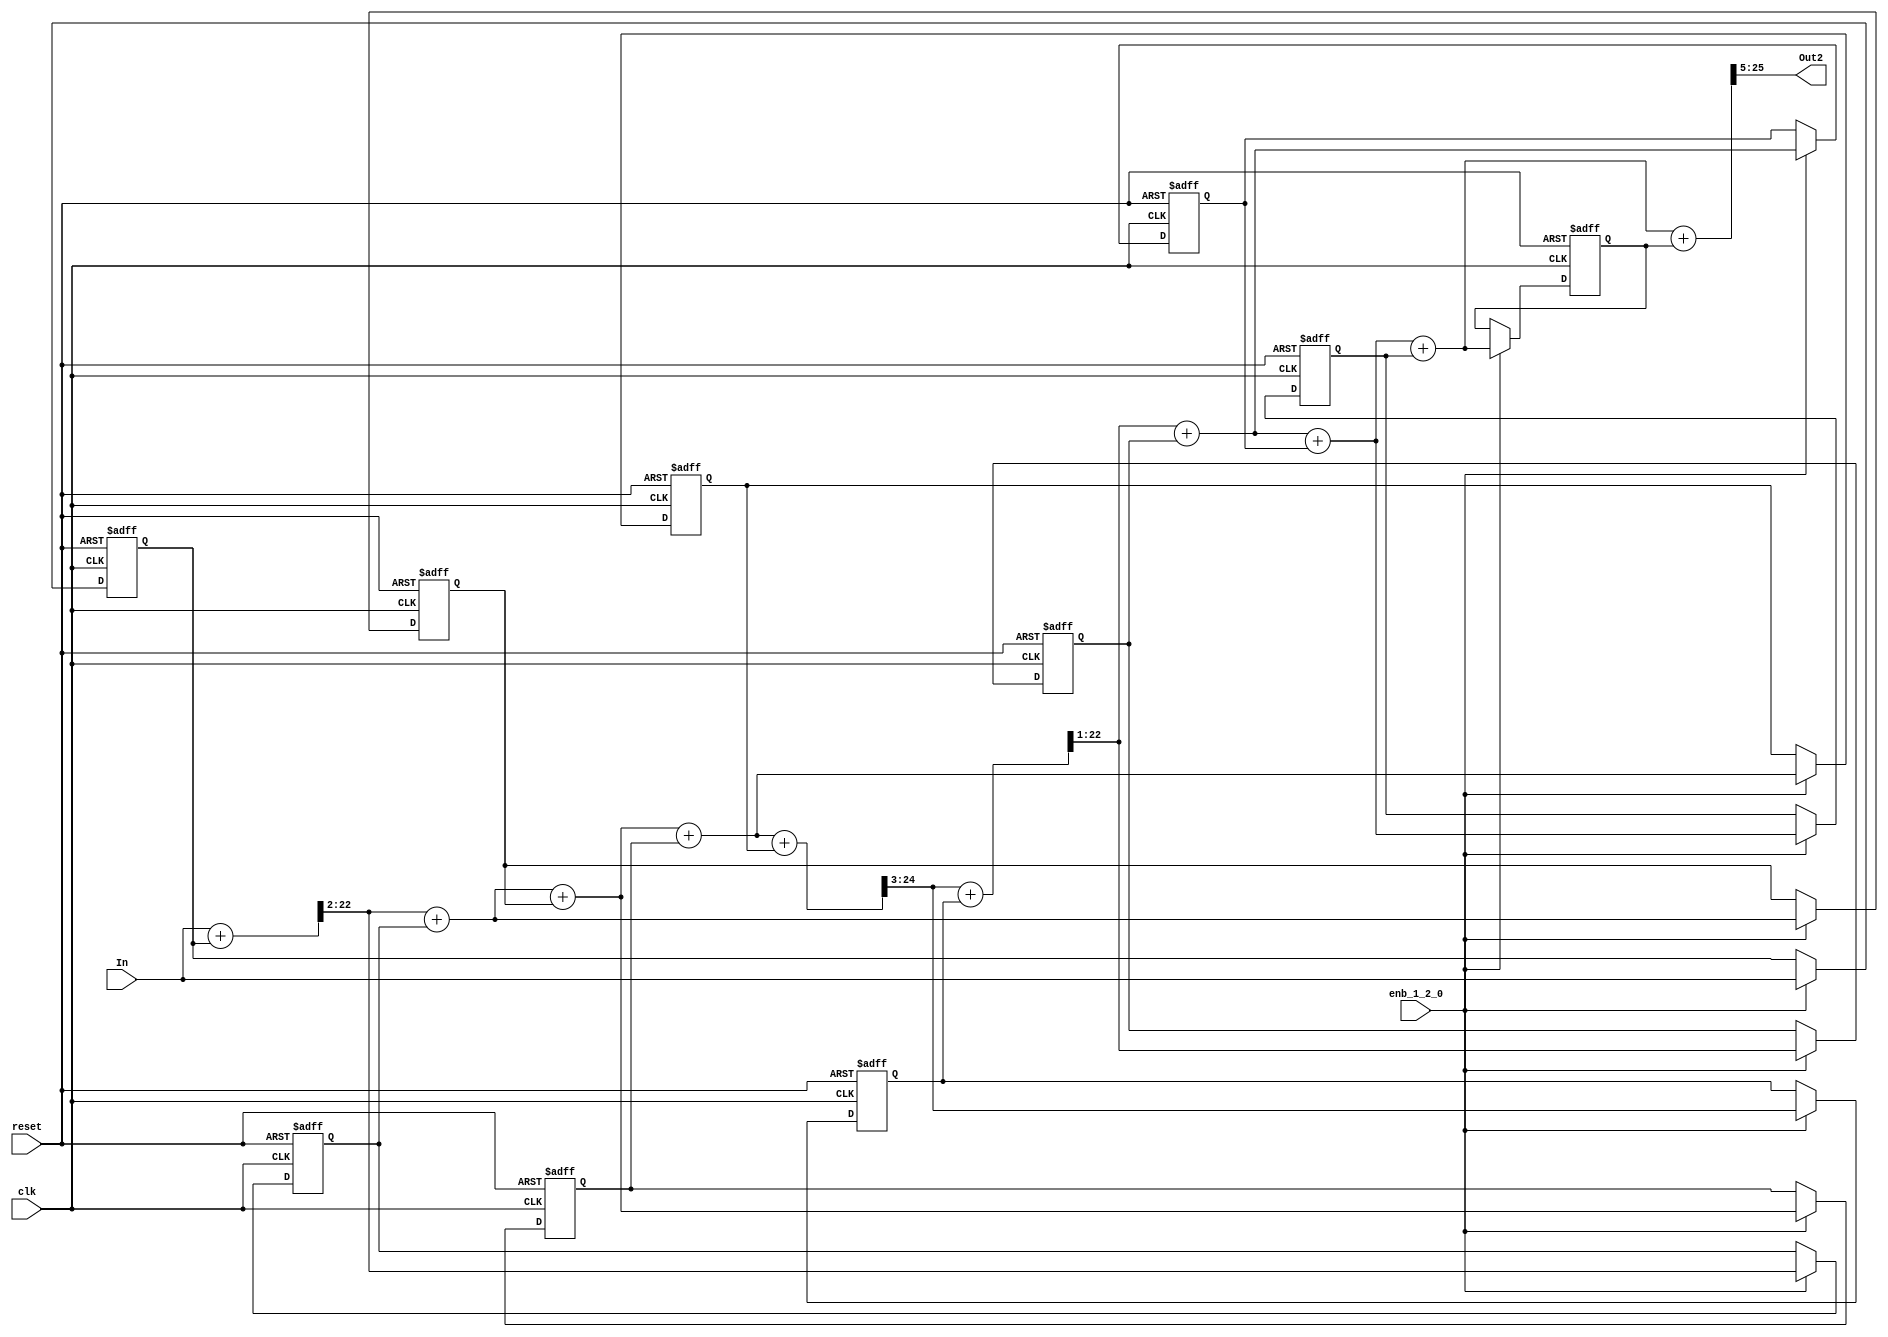
// -------------------------------------------------------------
// 
// 
// Generated by MATLAB 9.3 and HDL Coder 3.11
// 
// -------------------------------------------------------------


// -------------------------------------------------------------
// 
// Module: Second_H2_z
// Source Path: CIC_fixp1/CIC/Second H2(z)
// Hierarchy Level: 1
// 
// -------------------------------------------------------------

`timescale 1 ns / 1 ns

module Second_H2_z
          (clk,
           reset,
           enb_1_2_0,
           In,
           Out2);


  input   clk;
  input   reset;
  input   enb_1_2_0;
  input   signed [21:0] In;  // sfix22_En17
  output  signed [20:0] Out2;  // sfix21_En16

  reg signed [21:0] Delay_out1;  // sfix22_En17
  wire signed [22:0] Add_add_cast;  // sfix23_En17
  wire signed [22:0] Add_add_cast_1;  // sfix23_En17
  wire signed [22:0] Add_add_temp;  // sfix23_En17
  wire signed [20:0] Add_out1;  // sfix21_En15
  reg signed [20:0] Delay1_out1;  // sfix21_En15
  wire signed [21:0] Add1_add_cast;  // sfix22_En15
  wire signed [21:0] Add1_add_cast_1;  // sfix22_En15
  wire signed [21:0] Add1_out1;  // sfix22_En15
  reg signed [21:0] Delay2_out1;  // sfix22_En15
  wire signed [22:0] Add2_add_cast;  // sfix23_En15
  wire signed [22:0] Add2_add_cast_1;  // sfix23_En15
  wire signed [22:0] Add2_out1;  // sfix23_En15
  reg signed [22:0] Delay3_out1;  // sfix23_En15
  wire signed [23:0] Add3_add_cast;  // sfix24_En15
  wire signed [23:0] Add3_add_cast_1;  // sfix24_En15
  wire signed [23:0] Add3_out1;  // sfix24_En15
  reg signed [23:0] Delay4_out1;  // sfix24_En15
  wire signed [24:0] Add4_add_cast;  // sfix25_En15
  wire signed [24:0] Add4_add_cast_1;  // sfix25_En15
  wire signed [24:0] Add4_out1;  // sfix25_En15
  wire signed [49:0] Gain2_cast;  // sfix50_En43
  wire signed [21:0] Gain2_out1;  // sfix22_En17
  reg signed [21:0] Delay5_out1;  // sfix22_En17
  wire signed [22:0] Add5_add_cast;  // sfix23_En17
  wire signed [22:0] Add5_add_cast_1;  // sfix23_En17
  wire signed [22:0] Add5_add_temp;  // sfix23_En17
  wire signed [21:0] Add5_out1;  // sfix22_En16
  reg signed [21:0] Delay6_out1;  // sfix22_En16
  wire signed [22:0] Add6_add_cast;  // sfix23_En16
  wire signed [22:0] Add6_add_cast_1;  // sfix23_En16
  wire signed [22:0] Add6_out1;  // sfix23_En16
  reg signed [22:0] Delay7_out1;  // sfix23_En16
  wire signed [23:0] Add7_add_cast;  // sfix24_En16
  wire signed [23:0] Add7_add_cast_1;  // sfix24_En16
  wire signed [23:0] Add7_out1;  // sfix24_En16
  reg signed [23:0] Delay8_out1;  // sfix24_En16
  wire signed [24:0] Add8_add_cast;  // sfix25_En16
  wire signed [24:0] Add8_add_cast_1;  // sfix25_En16
  wire signed [24:0] Add8_out1;  // sfix25_En16
  reg signed [24:0] Delay9_out1;  // sfix25_En16
  wire signed [25:0] Add9_add_cast;  // sfix26_En16
  wire signed [25:0] Add9_add_cast_1;  // sfix26_En16
  wire signed [25:0] Add9_add_temp;  // sfix26_En16
  wire signed [24:0] Add9_out1;  // sfix25_En15
  wire signed [49:0] Gain1_cast;  // sfix50_En43
  wire signed [20:0] Gain1_out1;  // sfix21_En16


  always @(posedge clk or posedge reset)
    begin : Delay_process
      if (reset == 1'b1) begin
        Delay_out1 <= 22'sb0000000000000000000000;
      end
      else begin
        if (enb_1_2_0) begin
          Delay_out1 <= In;
        end
      end
    end



  assign Add_add_cast = {In[21], In};
  assign Add_add_cast_1 = {Delay_out1[21], Delay_out1};
  assign Add_add_temp = Add_add_cast + Add_add_cast_1;
  assign Add_out1 = Add_add_temp[22:2];



  always @(posedge clk or posedge reset)
    begin : Delay1_process
      if (reset == 1'b1) begin
        Delay1_out1 <= 21'sb000000000000000000000;
      end
      else begin
        if (enb_1_2_0) begin
          Delay1_out1 <= Add_out1;
        end
      end
    end



  assign Add1_add_cast = {Add_out1[20], Add_out1};
  assign Add1_add_cast_1 = {Delay1_out1[20], Delay1_out1};
  assign Add1_out1 = Add1_add_cast + Add1_add_cast_1;



  always @(posedge clk or posedge reset)
    begin : Delay2_process
      if (reset == 1'b1) begin
        Delay2_out1 <= 22'sb0000000000000000000000;
      end
      else begin
        if (enb_1_2_0) begin
          Delay2_out1 <= Add1_out1;
        end
      end
    end



  assign Add2_add_cast = {Add1_out1[21], Add1_out1};
  assign Add2_add_cast_1 = {Delay2_out1[21], Delay2_out1};
  assign Add2_out1 = Add2_add_cast + Add2_add_cast_1;



  always @(posedge clk or posedge reset)
    begin : Delay3_process
      if (reset == 1'b1) begin
        Delay3_out1 <= 23'sb00000000000000000000000;
      end
      else begin
        if (enb_1_2_0) begin
          Delay3_out1 <= Add2_out1;
        end
      end
    end



  assign Add3_add_cast = {Add2_out1[22], Add2_out1};
  assign Add3_add_cast_1 = {Delay3_out1[22], Delay3_out1};
  assign Add3_out1 = Add3_add_cast + Add3_add_cast_1;



  always @(posedge clk or posedge reset)
    begin : Delay4_process
      if (reset == 1'b1) begin
        Delay4_out1 <= 24'sb000000000000000000000000;
      end
      else begin
        if (enb_1_2_0) begin
          Delay4_out1 <= Add3_out1;
        end
      end
    end



  assign Add4_add_cast = {Add3_out1[23], Add3_out1};
  assign Add4_add_cast_1 = {Delay4_out1[23], Delay4_out1};
  assign Add4_out1 = Add4_add_cast + Add4_add_cast_1;



  assign Gain2_cast = {{2{Add4_out1[24]}}, {Add4_out1, 23'b00000000000000000000000}};
  assign Gain2_out1 = Gain2_cast[47:26];



  always @(posedge clk or posedge reset)
    begin : Delay5_process
      if (reset == 1'b1) begin
        Delay5_out1 <= 22'sb0000000000000000000000;
      end
      else begin
        if (enb_1_2_0) begin
          Delay5_out1 <= Gain2_out1;
        end
      end
    end



  assign Add5_add_cast = {Gain2_out1[21], Gain2_out1};
  assign Add5_add_cast_1 = {Delay5_out1[21], Delay5_out1};
  assign Add5_add_temp = Add5_add_cast + Add5_add_cast_1;
  assign Add5_out1 = Add5_add_temp[22:1];



  always @(posedge clk or posedge reset)
    begin : Delay6_process
      if (reset == 1'b1) begin
        Delay6_out1 <= 22'sb0000000000000000000000;
      end
      else begin
        if (enb_1_2_0) begin
          Delay6_out1 <= Add5_out1;
        end
      end
    end



  assign Add6_add_cast = {Add5_out1[21], Add5_out1};
  assign Add6_add_cast_1 = {Delay6_out1[21], Delay6_out1};
  assign Add6_out1 = Add6_add_cast + Add6_add_cast_1;



  always @(posedge clk or posedge reset)
    begin : Delay7_process
      if (reset == 1'b1) begin
        Delay7_out1 <= 23'sb00000000000000000000000;
      end
      else begin
        if (enb_1_2_0) begin
          Delay7_out1 <= Add6_out1;
        end
      end
    end



  assign Add7_add_cast = {Add6_out1[22], Add6_out1};
  assign Add7_add_cast_1 = {Delay7_out1[22], Delay7_out1};
  assign Add7_out1 = Add7_add_cast + Add7_add_cast_1;



  always @(posedge clk or posedge reset)
    begin : Delay8_process
      if (reset == 1'b1) begin
        Delay8_out1 <= 24'sb000000000000000000000000;
      end
      else begin
        if (enb_1_2_0) begin
          Delay8_out1 <= Add7_out1;
        end
      end
    end



  assign Add8_add_cast = {Add7_out1[23], Add7_out1};
  assign Add8_add_cast_1 = {Delay8_out1[23], Delay8_out1};
  assign Add8_out1 = Add8_add_cast + Add8_add_cast_1;



  always @(posedge clk or posedge reset)
    begin : Delay9_process
      if (reset == 1'b1) begin
        Delay9_out1 <= 25'sb0000000000000000000000000;
      end
      else begin
        if (enb_1_2_0) begin
          Delay9_out1 <= Add8_out1;
        end
      end
    end



  assign Add9_add_cast = {Add8_out1[24], Add8_out1};
  assign Add9_add_cast_1 = {Delay9_out1[24], Delay9_out1};
  assign Add9_add_temp = Add9_add_cast + Add9_add_cast_1;
  assign Add9_out1 = Add9_add_temp[25:1];



  assign Gain1_cast = {{2{Add9_out1[24]}}, {Add9_out1, 23'b00000000000000000000000}};
  assign Gain1_out1 = Gain1_cast[47:27];



  assign Out2 = Gain1_out1;

endmodule  // Second_H2_z